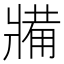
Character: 𤖐